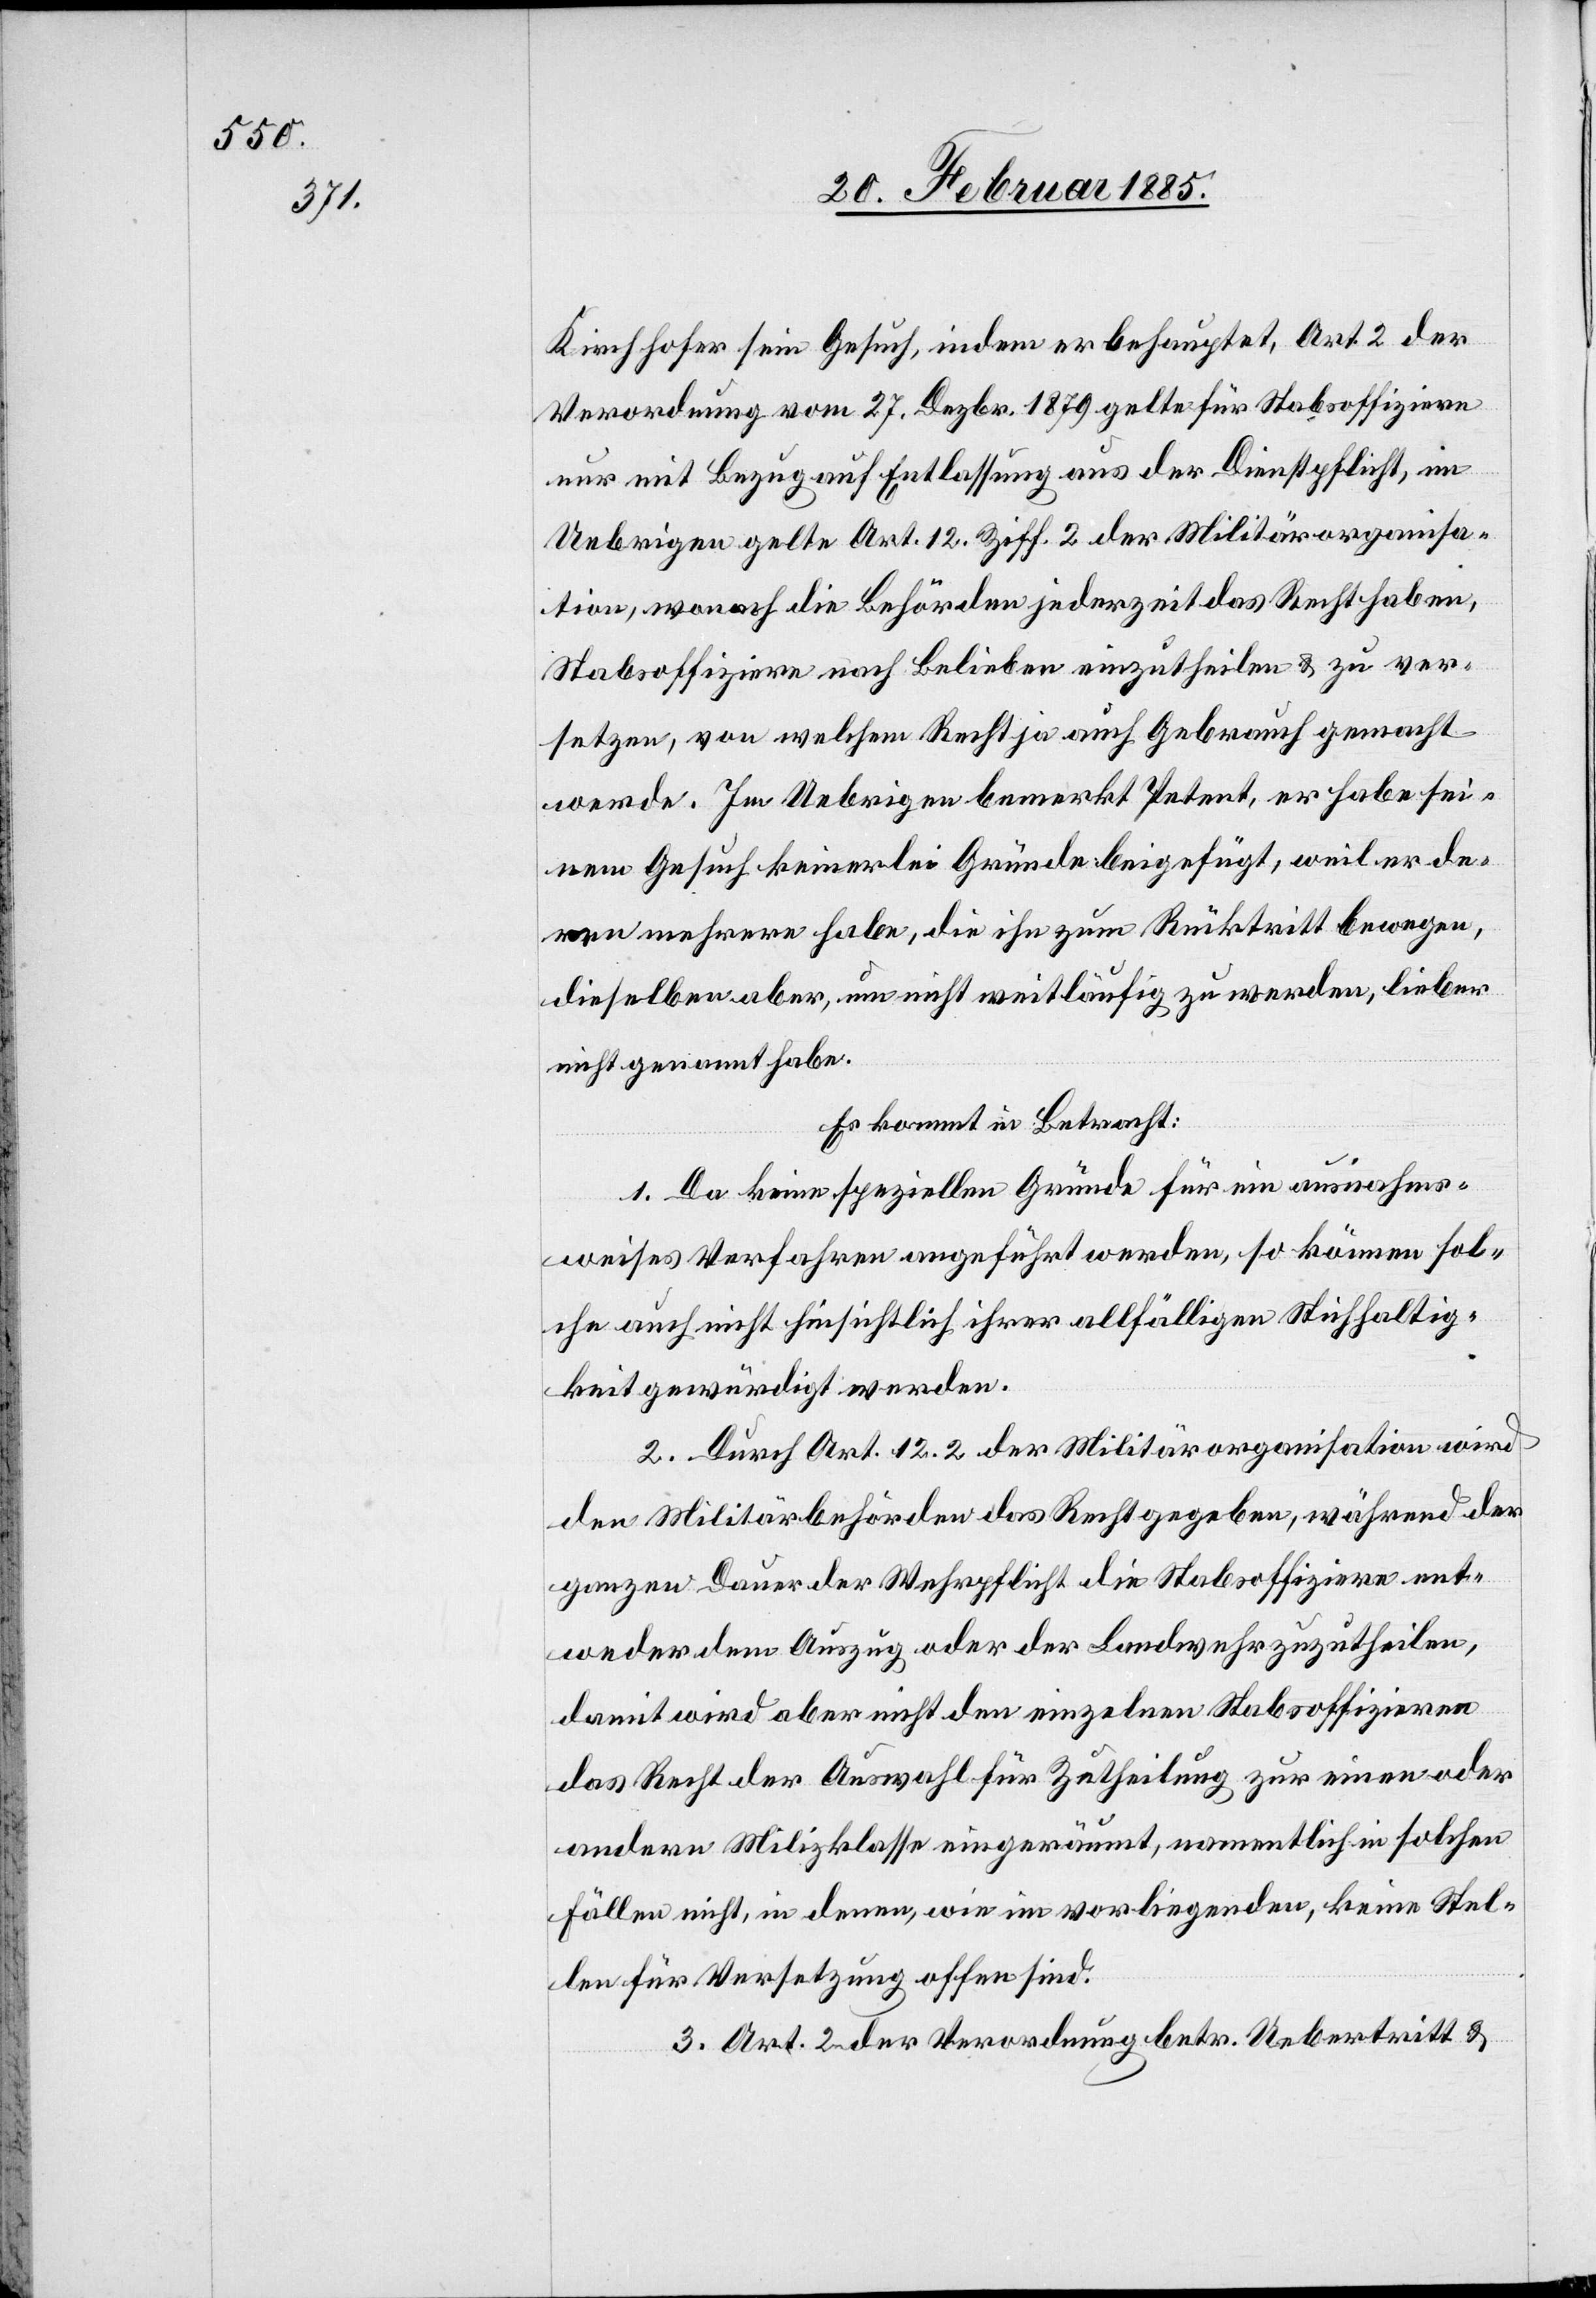
Kirchhofer sein Gesuch, indem er behauptet, Art. 2 der
Verordnung vom 27. Dezbr. 1879 gelte für Stabsoffiziere
nur mit Bezug auf Entlassung aus der Dienstpflicht, im
Uebrigen gelte Art. 12 Ziff. 2 der Militärorganisa¬
tion, wonach die Behörden jederzeit das Recht haben,
Stabsoffiziere nach Belieben einzutheilen & zu ver¬
setzen, von welchem Recht ja auch Gebrauch gemacht
werde. Im Uebrigen bemerkt Petent, er habe sei¬
nem Gesuch keinerlei Gründe beigefügt, weil er de¬
ren mehrere habe, die ihn zum Rücktritt bewegen,
dieselben aber, um nicht weitläufig zu werden, lieber
nicht genannt habe.
Es kommt in Betracht:
1. Da keine speziellen Gründe für ein ausnahms¬
weises Verfahren angeführt werden, so können sol¬
che auch nicht hinsichtlich ihrer allfälligen Stichhaltig¬
keit gewürdigt werden.
2. Durch Art. 12.2 der Militärorganisation wird
den Militärbehörden das Recht gegeben, während der
ganzen Dauer der Wehrpflicht die Stabsoffiziere ent¬
weder dem Auszug oder der Landwehr zuzutheilen,
damit wird aber nicht den einzelnen Stabsoffizieren
das Recht der Auswahl für Zutheilung zur einen oder
anderen Milizklasse eingeräumt, namentlich in solchen
Fällen nicht, in denen, wie im vorliegenden, keine Stel¬
len für Versetzung offen sind.
3. Art. 2 der Verordnung betr. Uebertritt &